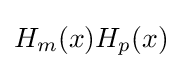
H_{m}(x)H_{p}(x)